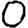
Digit: 0